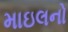
માઇલનો